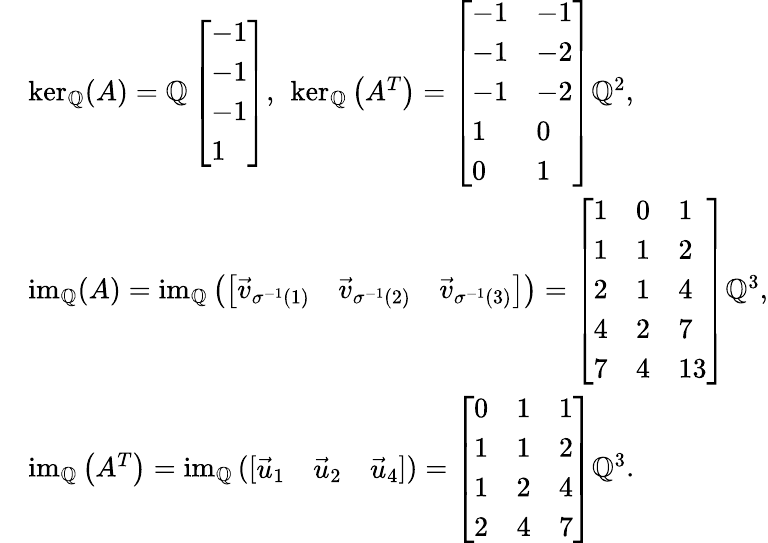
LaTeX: \begin{array}{rl}&{\ker_{\mathbb{Q}}(A)=\operatorname{\mathbb{Q}}\left[\begin{array}{l}{-1}\\ {-1}\\ {-1}\\ {1}\end{array}\right],\ \ker_{\mathbb{Q}}\left(A^{T}\right)=\left[\begin{array}{ll}{-1}&{-1}\\ {-1}&{-2}\\ {-1}&{-2}\\ {1}&{0}\\ {0}&{1}\end{array}\right]\mathbb{Q}^{2},}\\ &{\operatorname{im}_{\mathbb{Q}}(A)=\operatorname{im}_{\mathbb{Q}}\left(\left[\begin{array}{lll}{\vec{v}_{\sigma^{-1}(1)}}&{\vec{v}_{\sigma^{-1}(2)}}&{\vec{v}_{\sigma^{-1}(3)}}\end{array}\right]\right)=\left[\begin{array}{lll}{1}&{0}&{1}\\ {1}&{1}&{2}\\ {2}&{1}&{4}\\ {4}&{2}&{7}\\ {7}&{4}&{13}\end{array}\right]\mathbb{Q}^{3},}\\ &{\operatorname{im}_{\mathbb{Q}}\left(A^{T}\right)=\operatorname{im}_{\mathbb{Q}}\left(\left[\begin{array}{lll}{\vec{u}_{1}}&{\vec{u}_{2}}&{\vec{u}_{4}}\end{array}\right]\right)=\left[\begin{array}{lll}{0}&{1}&{1}\\ {1}&{1}&{2}\\ {1}&{2}&{4}\\ {2}&{4}&{7}\end{array}\right]\mathbb{Q}^{3}.}\end{array}